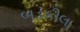
બડકીલા